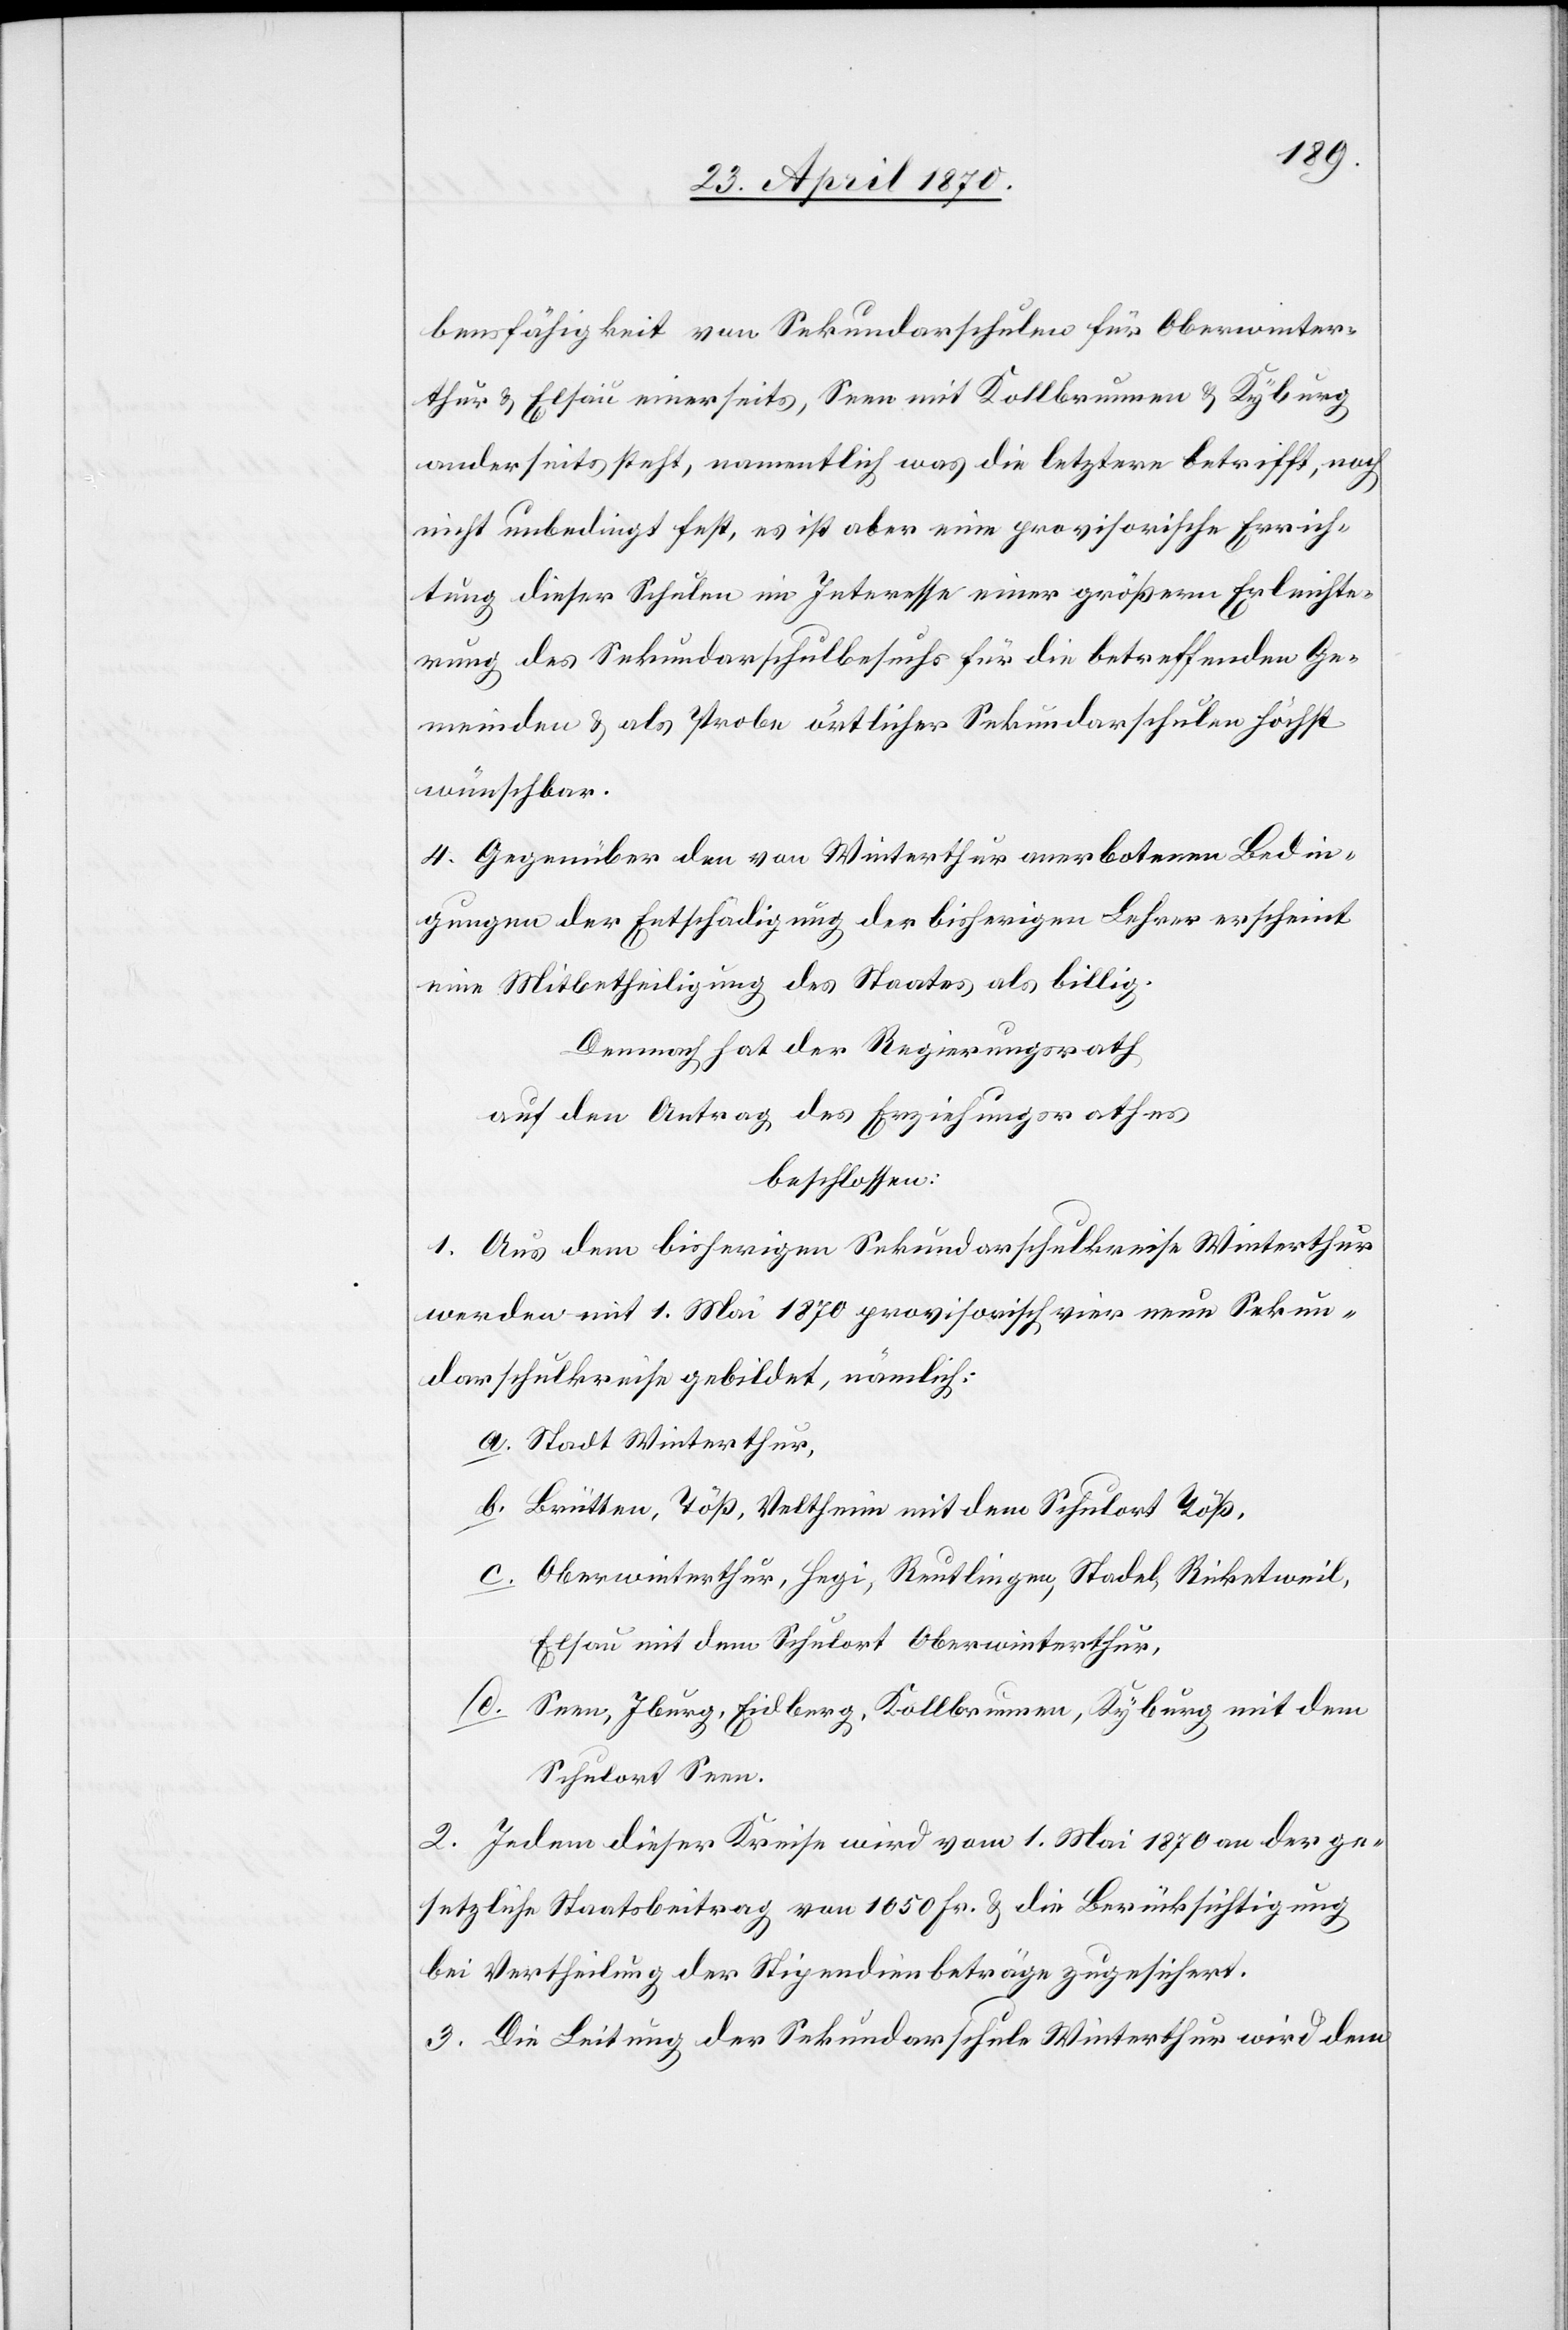
bensfähigkeit von Sekundaraschulen für Oberwinter¬
thur & Elsau einerseits, Seen mit Kollbrunnen & Kyburg
anderseits steht, namentlich was die letztere betrifft, noch
nicht unbedingt fest, es ist aber eine provisorische Errich¬
tung dieser Schulen im Interesse einer größern Erleichte¬
rung des Sekundarschulbesuchs für die betreffenden Ge¬
meinden & als Probe örtlicher Sekundarschulen höchst
wünschbar.
4. Gegenüber den von Winterthur anerkannten Bedin¬
gungen der Entschädigung der bisherigen Lehrer erscheint
eine Mitbetheiligung des Staates als billig.
Demnach hat der Regierungsrath
auf den Antrag des Erziehungsrathes
beschlossen:
1. Aus dem bisherigen Sekundarschulkreise Winterthur
werden mit 1. Mai 1870 provisorisch vier neue Sekun¬
darschulkreise gebildet, nämlich:
a. Stadt Winterthur,
b. Brütten, Töß, Veltheim mit dem Schulort Töß,
c. Oberwinterthur, Hegi, Reutlingen, Stadel, Ricketweil,
Elsau mit dem Schulort Oberwinterthur,
Schulort Seen.
2. Jedem dieser Kreise wird vom 1. Mai 1870 an der ge¬
setzliche Staatsbeitrag von 1050 Fr. & die Berücksichtigung
bei Vertheilung der Stipendienbeträge zugesichert.
3. Die Leitung der Sekundarschule Winterthur wird dem